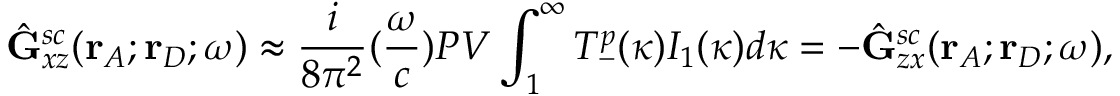
\hat { \mathbf { G } } _ { x z } ^ { s c } ( \mathbf { r } _ { A } ; \mathbf { r } _ { D } ; \omega ) \approx \frac { i } { 8 { \pi } ^ { 2 } } ( \frac { \omega } { c } ) P V \int _ { 1 } ^ { \infty } T _ { - } ^ { p } ( \kappa ) I _ { 1 } ( \kappa ) d { \kappa } = - \hat { \mathbf { G } } _ { z x } ^ { s c } ( \mathbf { r } _ { A } ; \mathbf { r } _ { D } ; \omega ) ,